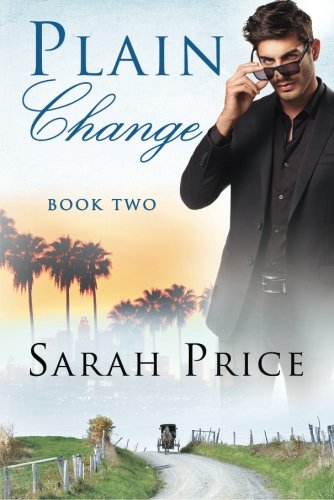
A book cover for Plain Change (The Plain Fame Series); Sarah Price; Romance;